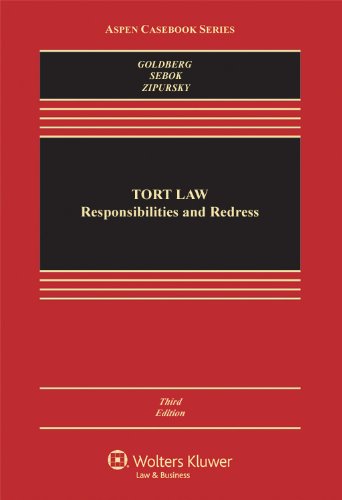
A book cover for Tort Law: Responsibilities & Redress, Third Edition; John C. P. Goldberg; Law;